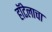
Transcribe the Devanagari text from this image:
हॉटेलाचा